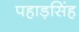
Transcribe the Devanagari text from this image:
पहाड़सिंह